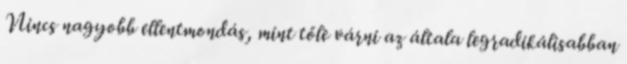
Nincs nagyobb ellentmondás, mint tőle várni az általa legradikálisabban